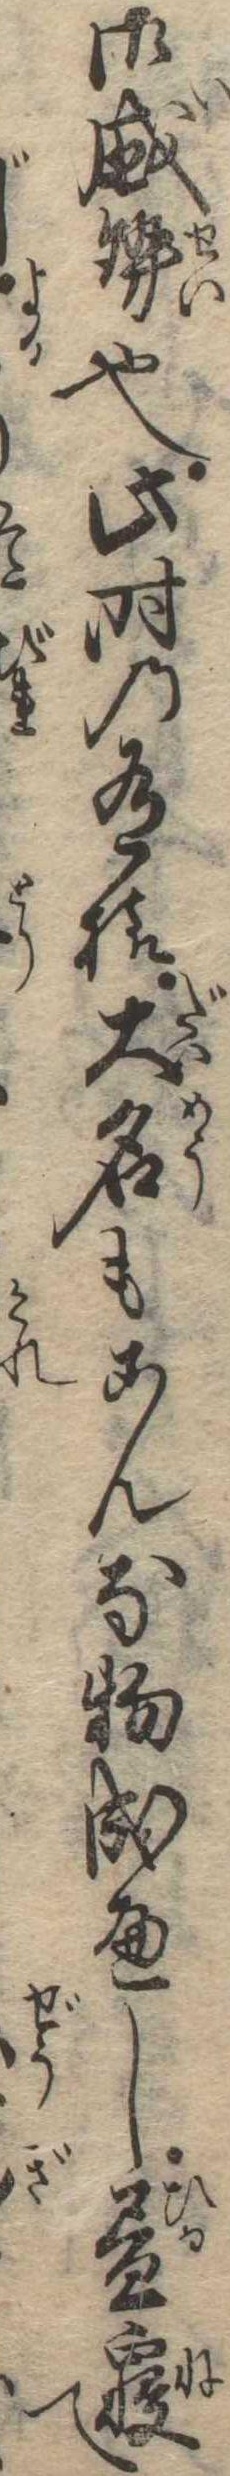
御威勢也此時の有様大名もこんな物成へし昼寝て